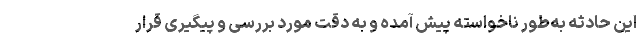
این حادثه به‌طور ناخواسته پیش آمده و به دقت مورد بررسی و پیگیری قرار